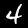
Label: 4